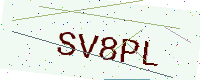
Text: SV8PL